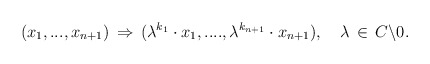
\begin{align*}(x_1,...,x_{n+1})\,\Rightarrow\, (\lambda^{k_1} \cdot x_1,...., \lambda^{k_{n+1}} \cdot x_{n+1}),\,\,\,\,\,\,\lambda \,\in\, C \backslash {0}.\end{align*}